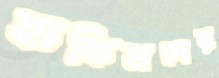
হাকিমদের